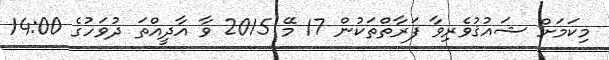
މިކަމަށް ޝައުޤުވެރިވާ ފަރާތްތަކުން 17 މޭ 2015 ވާ އާދީއްތަ ދުވަހުގެ 14:00